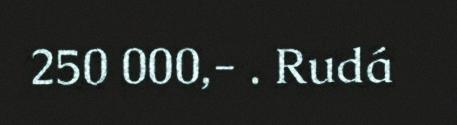
250 000,- . Rudá